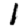
Digit: 1